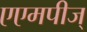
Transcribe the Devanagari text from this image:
एएमपीज्